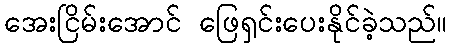
အေးငြိမ်းအောင် ဖြေရှင်းပေးနိုင်ခဲ့သည်။